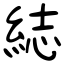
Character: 綕